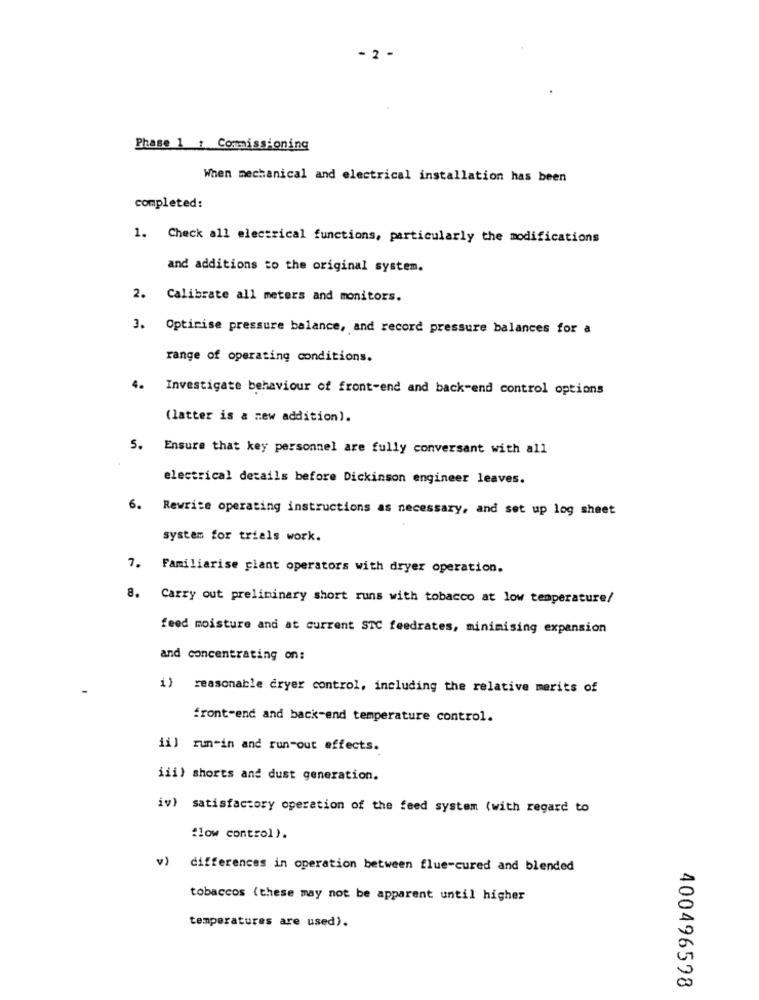
- 2 -
Phase 1 : Commissioning
When mechanical and electrical installation has been
completed:
1. Check all electrical functions, particularly the modifications
and additions to the original system.
2. Calibrate all meters and monitors.
3. Optimise pressure balance, and record pressure balances for a
range of operating conditions.
4.
Investigate behaviour of front-end and back-end control options
(latter is a new addition).
5.
Ensure that key personnel are fully conversant with all
electrical details before Dickinson engineer leaves.
6.
Rewrite operating instructions as necessary, and set up log sheet
system for trials work.
7.
Familiarise plant operators with dryer operation.
8.
Carry out preliminary short runs with tobacco at low temperature/
feed moisture and at current STC feedrates, minimising expansion
and concentrating on:
i) reasonable cryer control, including the relative merits of
front-end and back-end temperature control.
iil run-in and run-out effects.
iii) shorts and dust generation.
iv) satisfactory operation of the feed system (with regard to
flow control ).
v) differences in operation between flue-cured and blended
tobaccos (these may not be apparent until higher
temperatures are used).
400496598